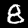
Label: 8